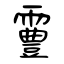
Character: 霻